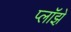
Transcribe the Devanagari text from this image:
प्लॉझ़े